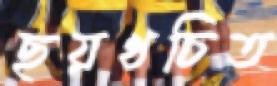
ছয়খচিত